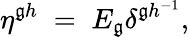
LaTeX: \eta^{\mathfrak{g}h}\; =\; E_{\mathfrak{g}}\delta^{\mathfrak{g}h^{-1}},